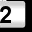
Digit: 2